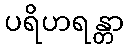
ပရိဟရန္တာ